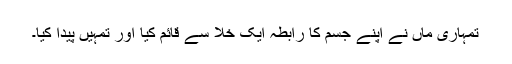
تمہاری ماں نے اپنے جسم کا رابطہ ایک خلا سے قائم کیا اور تمہیں پیدا کیا۔